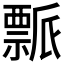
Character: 𬓘